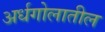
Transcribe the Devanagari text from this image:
अर्धगोलातील